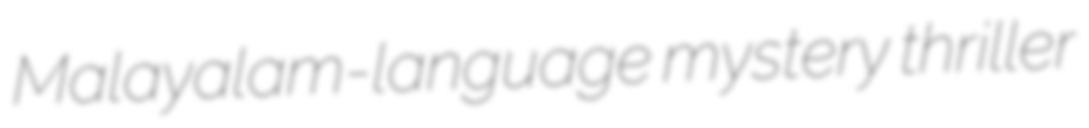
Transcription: Malayalam-language mystery thriller